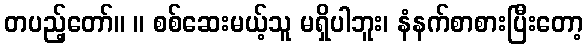
တပည့်တော်။ ။ စစ်ဆေးမယ့်သူ မရှိပါဘူး၊ နံနက်စာစားပြီးတော့